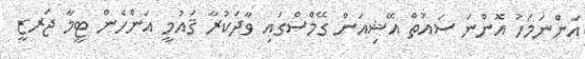
އަންނަމަހު އޮންނަ ސައުތް އޭޝިއަން ގޭމްސްގައި ވާދަކުރާ ޤައުމީ އަންހެން ޓީމާ ޖަރޒީ